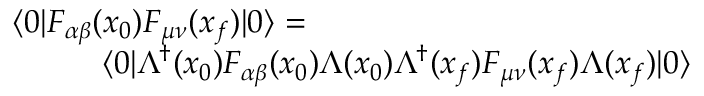
\begin{array} { r } { \langle 0 | F _ { \alpha \beta } ( x _ { 0 } ) F _ { \mu \nu } ( x _ { f } ) | 0 \rangle = \qquad \qquad \qquad \qquad \qquad \qquad } \\ { \langle 0 | \Lambda ^ { \dagger } ( x _ { 0 } ) F _ { \alpha \beta } ( x _ { 0 } ) \Lambda ( x _ { 0 } ) \Lambda ^ { \dagger } ( x _ { f } ) F _ { \mu \nu } ( x _ { f } ) \Lambda ( x _ { f } ) | 0 \rangle } \end{array}